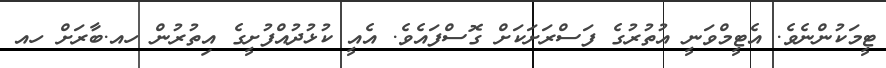
ޓީމަކުންނެވެ. އެޓީމްވަނީ އުތުރުގެ ފަސްރަށަކަށް ގޮސްފައެވެ. އެއީ ކުޅުދުއްފުށީގެ އިތުރުން ހއ.ބާރަށް ހއ